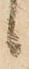
候